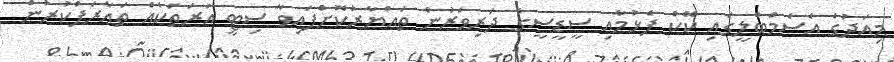
މިއަދުގެ އެސެމްބްލީގައި ކޭކް ފެޅުމާއި ސީޑީސީގެ ދަރިވަރުން ތައްޔާރުކޮށްފައިވާ ސިޓީ އުރަތަކެއް ތައާރަފްކުރުން